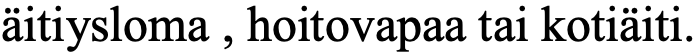
äitiysloma , hoitovapaa tai kotiäiti.